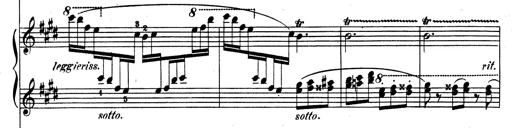
Title: Rhapsodie espagnole
Composer: Franz Liszt